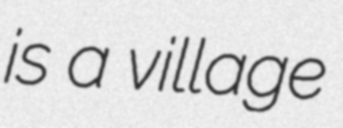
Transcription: is a village